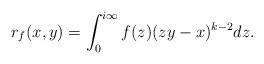
LaTeX: \begin{align*}r_f(x,y)=\int_0^{i\infty}f(z)(zy-x)^{k-2}dz.\end{align*}